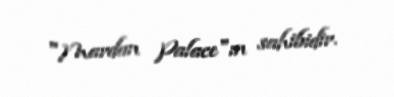
"Mardan Palace"ın sahibidir.